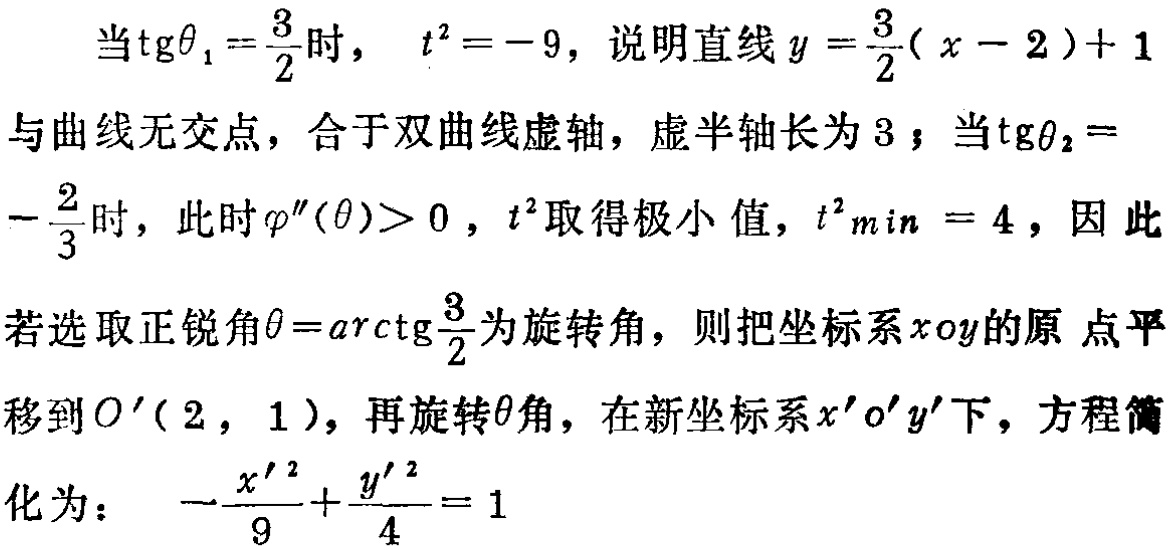
当$\mathrm{tg}\theta_{1}=\frac{3}{2}$时， $t^{2}=-9$，说明直线$y = \frac{3}{2}(x - 2)+1$
与曲线无交点，合于双曲线虚轴，虚半轴长为$3$；当$\mathrm{tg}\theta_{2}=
-\frac{2}{3}$时，此时$\varphi''(\theta)>0$，$t^{2}$取得极小值，$t^{2}_{min} = 4$，因此
若选取正锐角$\theta=\mathrm{arctg}\frac{3}{2}$为旋转角，则把坐标系$xoy$的原 点平
移到$O'(2,1)$，再旋转$\theta$角，在新坐标系$x'o'y'$下，方程简
化为： $-\frac{x'^{2}}{9}+\frac{y'^{2}}{4}=1$